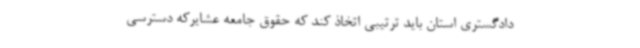
دادگستری استان باید ترتیبی اتخاذ کند که حقوق جامعه عشایرکه دسترسی